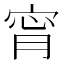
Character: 𡨪